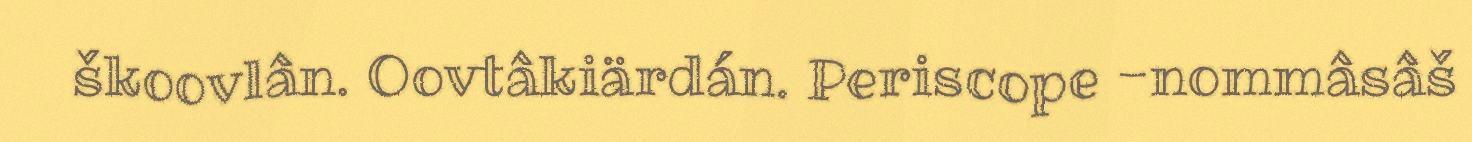
škoovlân. Oovtâkiärdán. Periscope -nommâsâš